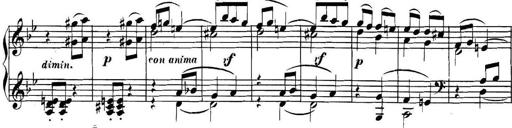
Title: Collected Piano Sonatas
Composer: Muzio Clementi